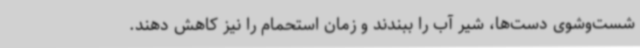
شست‌وشوی دست‌ها، شیر آب را ببندند و زمان استحمام را نیز کاهش دهند.